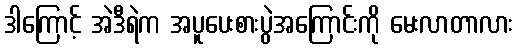
ဒါကြောင့် အဲဒီရဲက အပူပေးစားပွဲအကြောင်းကို မေးလာတာလား